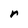
Character: r